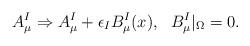
LaTeX: \begin{align*}A_\mu^I\Rightarrow A_\mu^I+\epsilon_I B_\mu^I(x),~~ B_\mu^I|_\Omega =0.\end{align*}